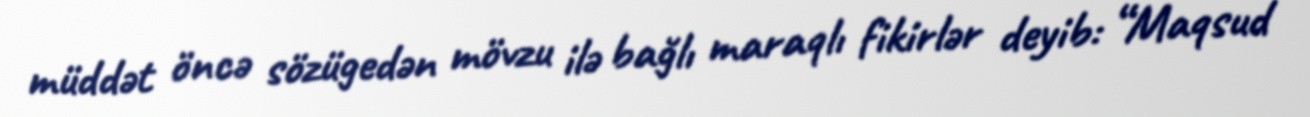
müddət öncə sözügedən mövzu ilə bağlı maraqlı fikirlər deyib: “Maqsud